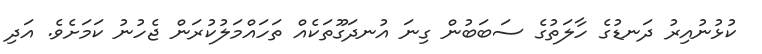
ކުޅުނުއިރު ދަނޑުގެ ހާލަތުގެ ސަބަބުން ގިނަ އުނދަގޫތަކެއް ތަހައްމަލުކުރަން ޖެހުނު ކަމަށެވެ. އަދި